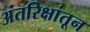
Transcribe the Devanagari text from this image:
अंतरिक्षांतून